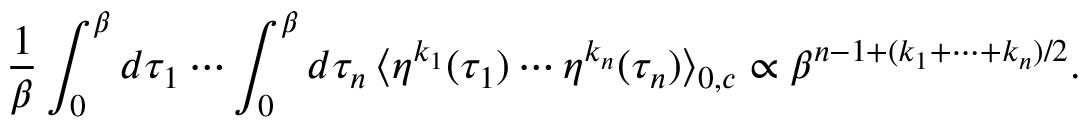
\frac { 1 } { \beta } \int _ { 0 } ^ { \beta } d \tau _ { 1 } \cdots \int _ { 0 } ^ { \beta } d \tau _ { n } \, \langle \eta ^ { k _ { 1 } } ( \tau _ { 1 } ) \cdots \eta ^ { k _ { n } } ( \tau _ { n } ) \rangle _ { 0 , c } \propto \beta ^ { n - 1 + ( k _ { 1 } + \cdots + k _ { n } ) / 2 } .